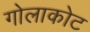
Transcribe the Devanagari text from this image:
गोलाकोट